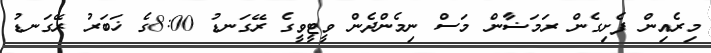
މިރެއިން ފެށިގެން ރަމަޟާން މަސް ނިމެންދެން ވީޓީވީގެ ރޭގަނޑު 8:00ގެ ޚަބަރު ރޭގަނޑު